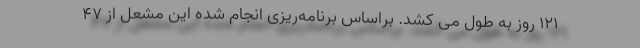
۱۲۱ روز به طول می کشد. براساس برنامه‌ریزی انجام شده این مشعل از ۴۷